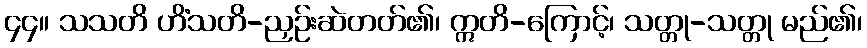
၄၄။ သသတိ ဟိံသတိ-ညှဉ်းဆဲတတ်၏၊ ဣတိ-ကြောင့်၊ သတ္တု-သတ္တု မည်၏၊